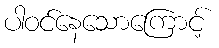
ပါဝင်နေသောကြောင့်